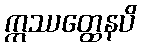
ဣဿတ္ထေနပိ